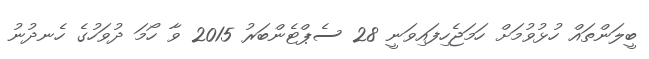
ބީލަންތައް ހުޅުވުމަށް ހަމަޖެހިފައިވަނީ 28 ސެޕްޓެންބަރު 2015 ވާ ހޯމަ ދުވަހުގެ ހެނދުނު